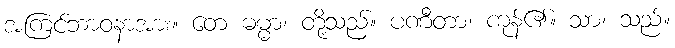
အကြင်ဘာဝနာအား။ တေ ဓမ္မာ၊ တို့သည်။ ပဏီတာ၊ ကုန်၏။ သာ၊ သည်။